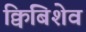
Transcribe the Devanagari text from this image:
क्विबिशेव